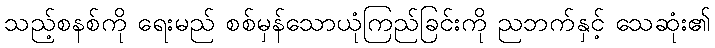
သည့်စနစ်ကို ရေးမည် စစ်မှန်သောယုံကြည်ခြင်းကို ညဘက်နှင့် သေဆုံး၏